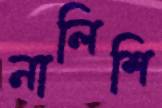
নালিশি